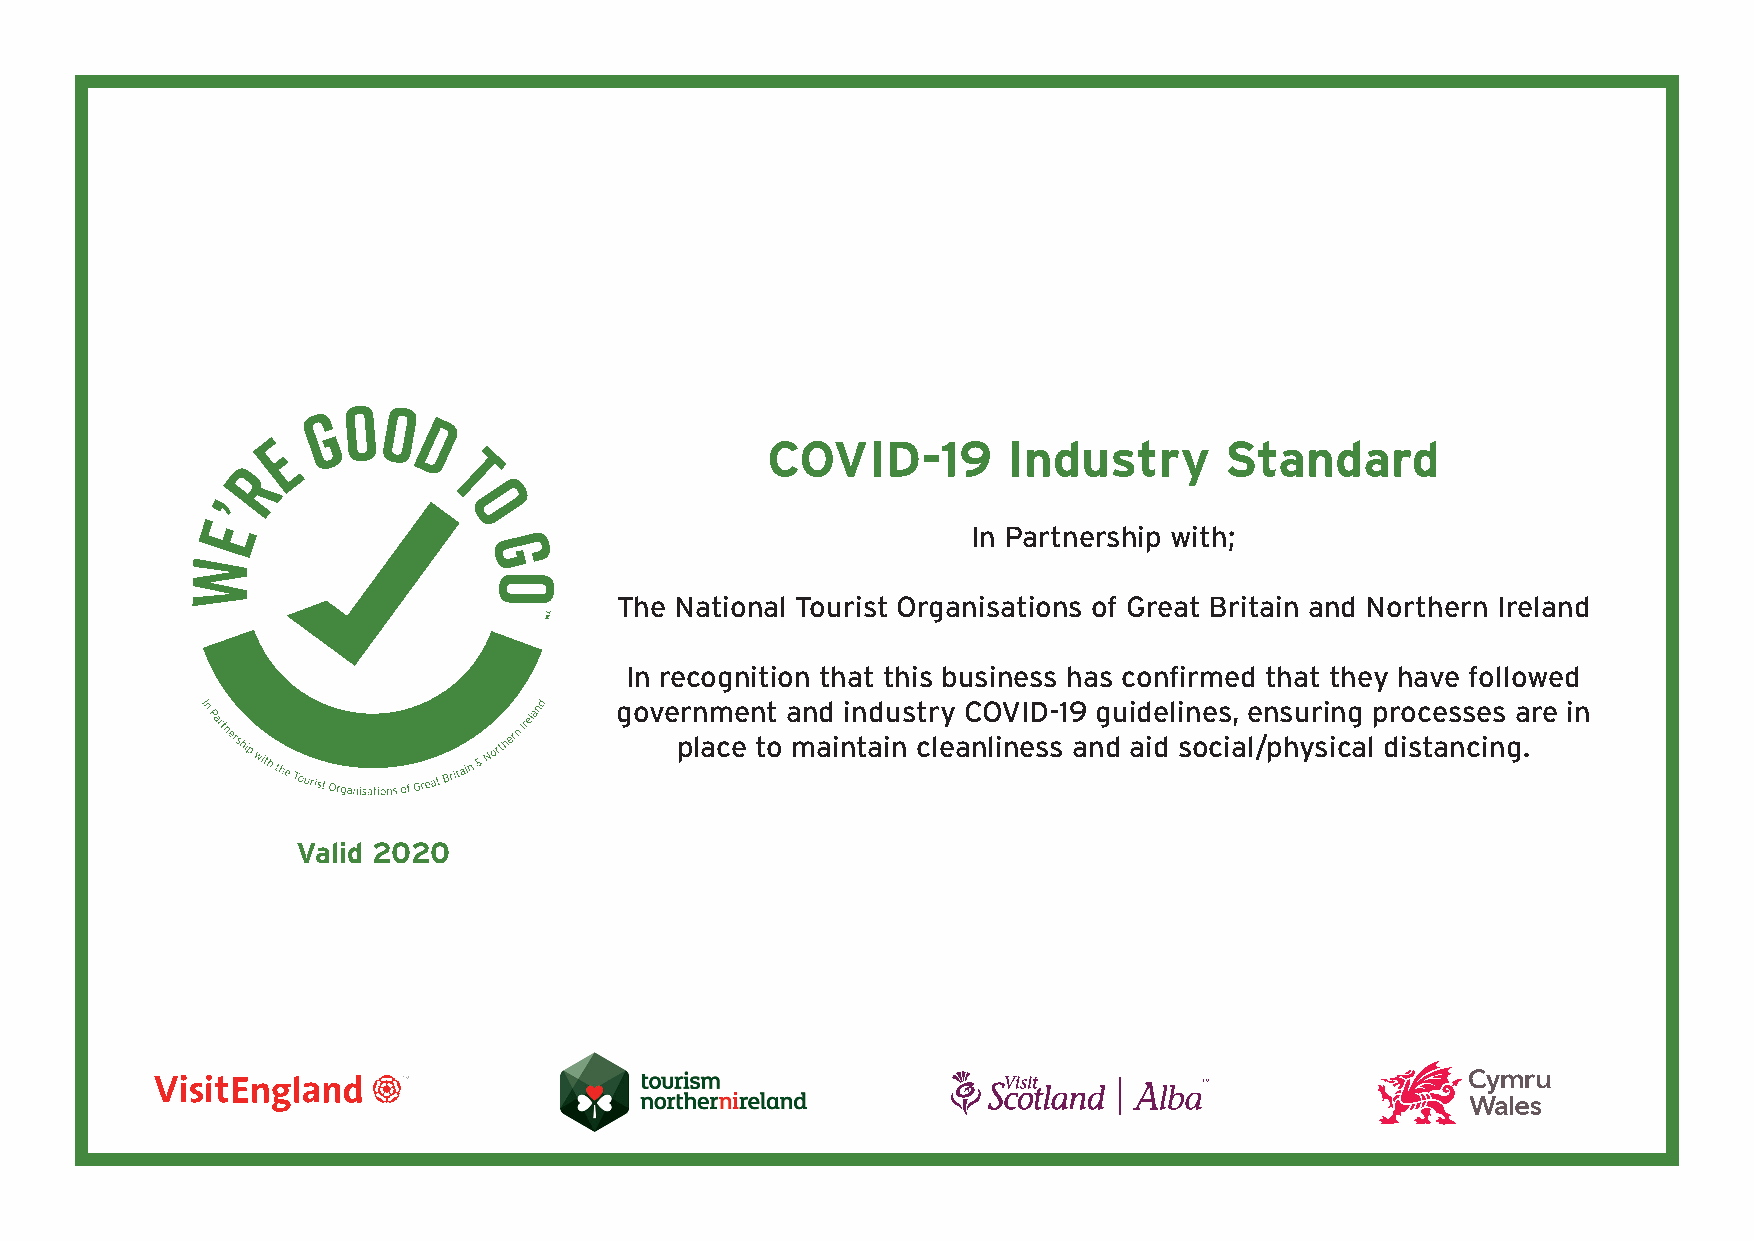
COVID-19        Industry      Standard
 In Partnership with;
 The National Tourist Organisations of Great Britain and Northern Ireland
 In recognition that this business has confirmed that they have followed
 government and industry COVID-19 guidelines, ensuring processes are in
 place to maintain cleanliness and aid social/physical distancing.
 Valid 2020